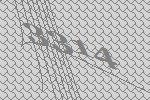
3314